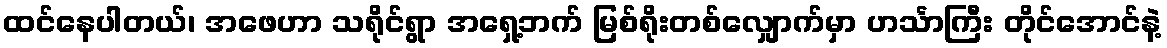
ထင်နေပါတယ်၊ အဖေဟာ သရိုင်ရွာ အရှေ့ဘက် မြစ်ရိုးတစ်လျှောက်မှာ ဟင်္သာကြီး တိုင်အောင်နဲ့